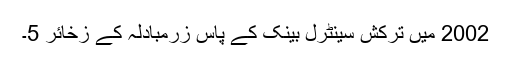
2002 میں ترکش سینٹرل بینک کے پاس زرمبادلہ کے زخائر 5۔